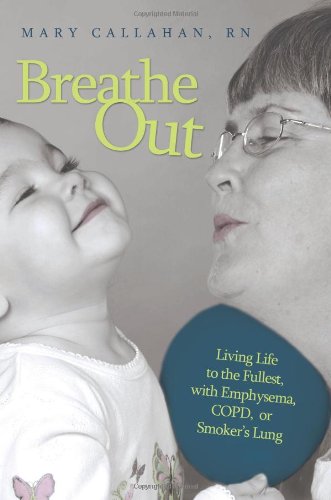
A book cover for Breathe Out: Living Life to the Fullest, with Emphysema, COPD, or Smoker's Lung; Mary Callahan; Health, Fitness & Dieting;